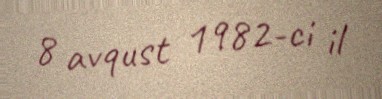
8 avqust 1982-ci il